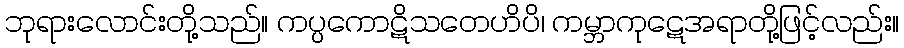
ဘုရားလောင်းတို့သည်။ ကပ္ပကောဋိသတေဟိပိ၊ ကမ္ဘာကုဋေအရာတို့ဖြင့်လည်း။